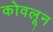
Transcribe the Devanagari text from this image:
कोवलून